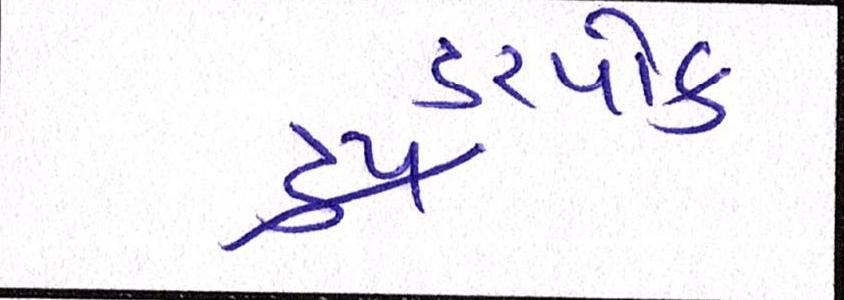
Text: ડરપોક